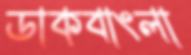
ডাকবাংলা